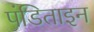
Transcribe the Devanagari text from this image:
पंडिताइन